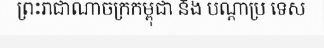
ព្រះរាជាណាចក្រកម្ពុជា និង បណ្តាប្រ ទេស